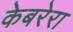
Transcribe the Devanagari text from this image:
केबरेरा